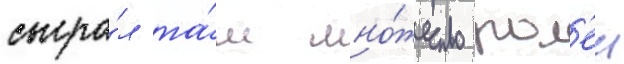
сыгра́л та́м мно́жество рол'еи